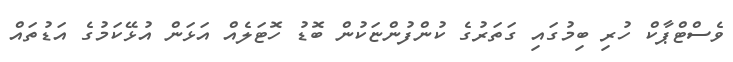
ވެސްޓްޕާކް ހުރި ބިމުގައި ގަތަރުގެ ކުންފުންޏަކުން ބޮޑު ހޮޓަލެއް އަޅަން އުޅޭކަމުގެ އަޑުތައް